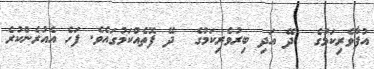
އުފާވެރިކަމުގެ  ދޭ އަދި ބިރުވެރިކަމުގެ  ދޭ ފޮތެއްކަމުގައެވެ. ފަހެ އެއުރެންކުރެ